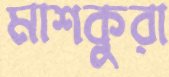
মাশকুরা